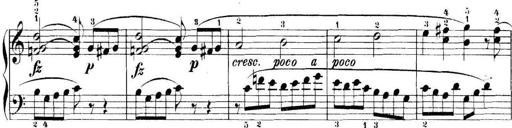
Title: 11 Sonatinas
Composer: Anton Diabelli